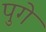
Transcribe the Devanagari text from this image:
पुगे